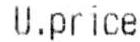
U.PRICE